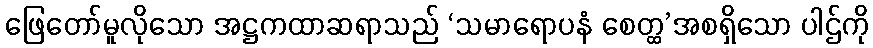
ဖြေတော်မူလိုသော အဋ္ဌကထာဆရာသည် ‘သမာရောပနံ စေတ္ထ’အစရှိသော ပါဌ်ကို